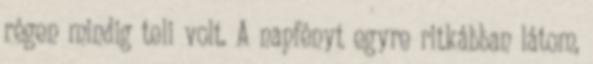
régen mindig teli volt. A napfényt egyre ritkábban látom,